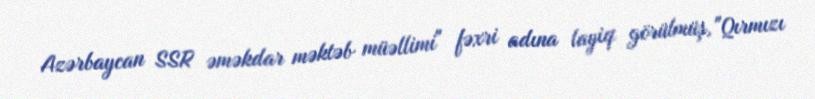
Azərbaycan SSR əməkdar məktəb müəllimi" fəxri adına layiq görülmüş, "Qırmızı